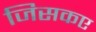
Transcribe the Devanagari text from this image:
जिसकए